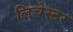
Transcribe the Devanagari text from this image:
लिचेस्टर